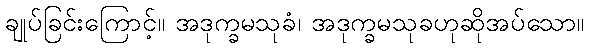
ချုပ်ခြင်းကြောင့်။ အဒုက္ခမသုခံ၊ အဒုက္ခမသုခဟုဆိုအပ်သော။